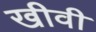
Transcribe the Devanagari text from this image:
खीवी